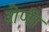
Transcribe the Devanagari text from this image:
शेणी